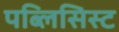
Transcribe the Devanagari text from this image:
पब्लिसिस्ट